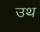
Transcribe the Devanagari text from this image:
उथ